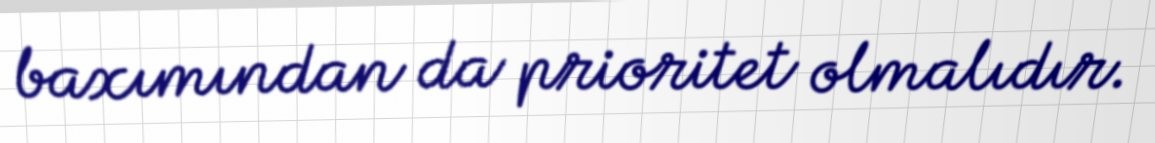
baxımından da prioritet olmalıdır.